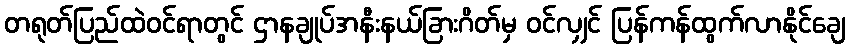
တရုတ်ပြည်ထဲဝင်ရာတွင် ဌာနချုပ်အနီးနယ်ခြားဂိတ်မှ ဝင်လျှင် ပြန်ကန်ထွက်လာနိုင်ချေ